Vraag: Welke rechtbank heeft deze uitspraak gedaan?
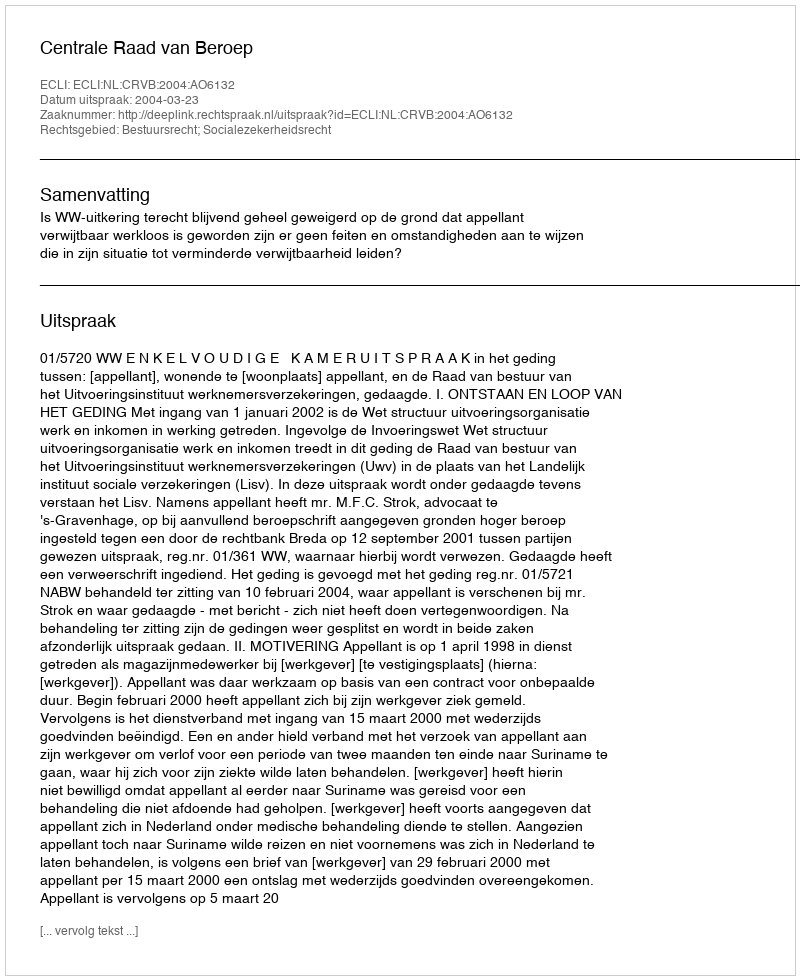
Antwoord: Centrale Raad van Beroep